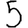
Digit: 5